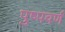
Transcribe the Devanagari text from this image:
पुष्पवर्ण